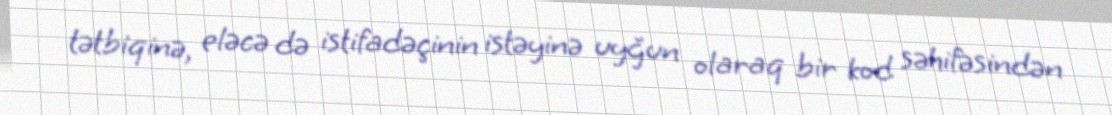
tətbiqinə, eləcə də istifadəçinin istəyinə uyğun olaraq bir kod səhifəsindən